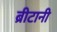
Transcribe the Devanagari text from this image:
ब्रीटानी